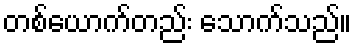
တစ်ယောက်တည်း သောက်သည်။